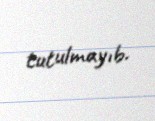
tutulmayıb.